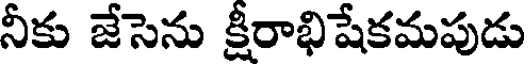
నీకు జేసెను క్షీరాభిషేకమపుడు